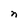
Character: n